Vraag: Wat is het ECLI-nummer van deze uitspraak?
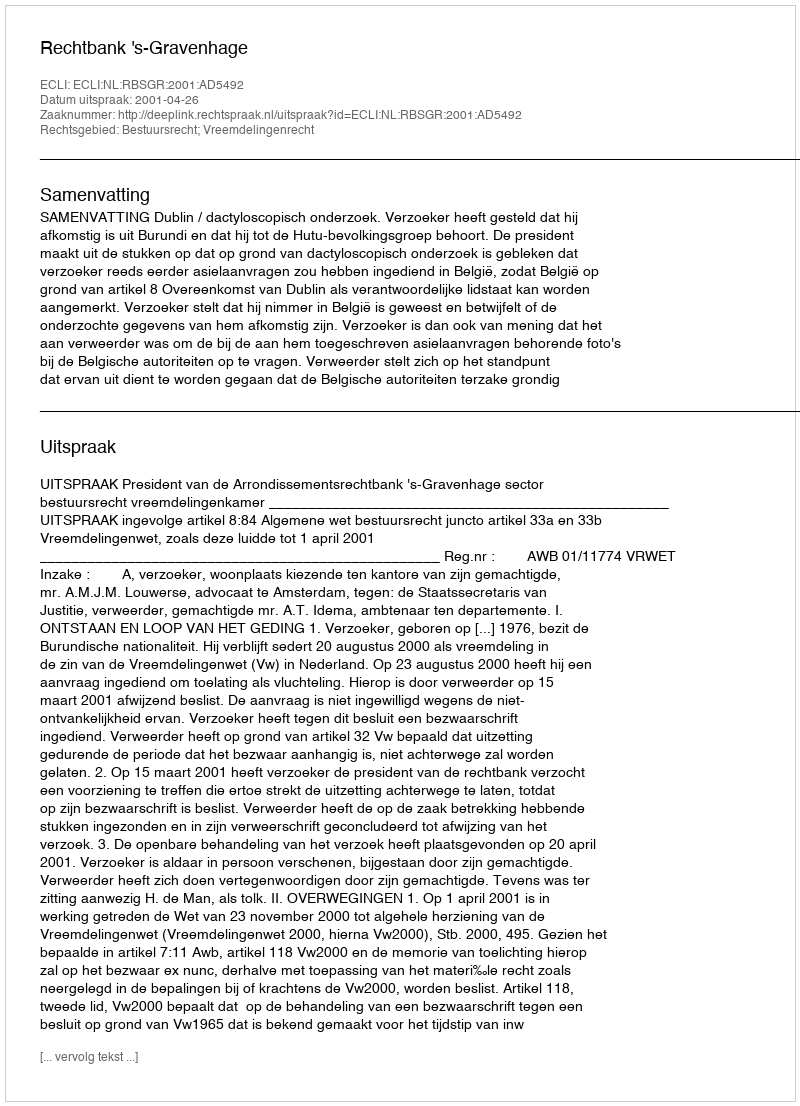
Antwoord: ECLI:NL:RBSGR:2001:AD5492